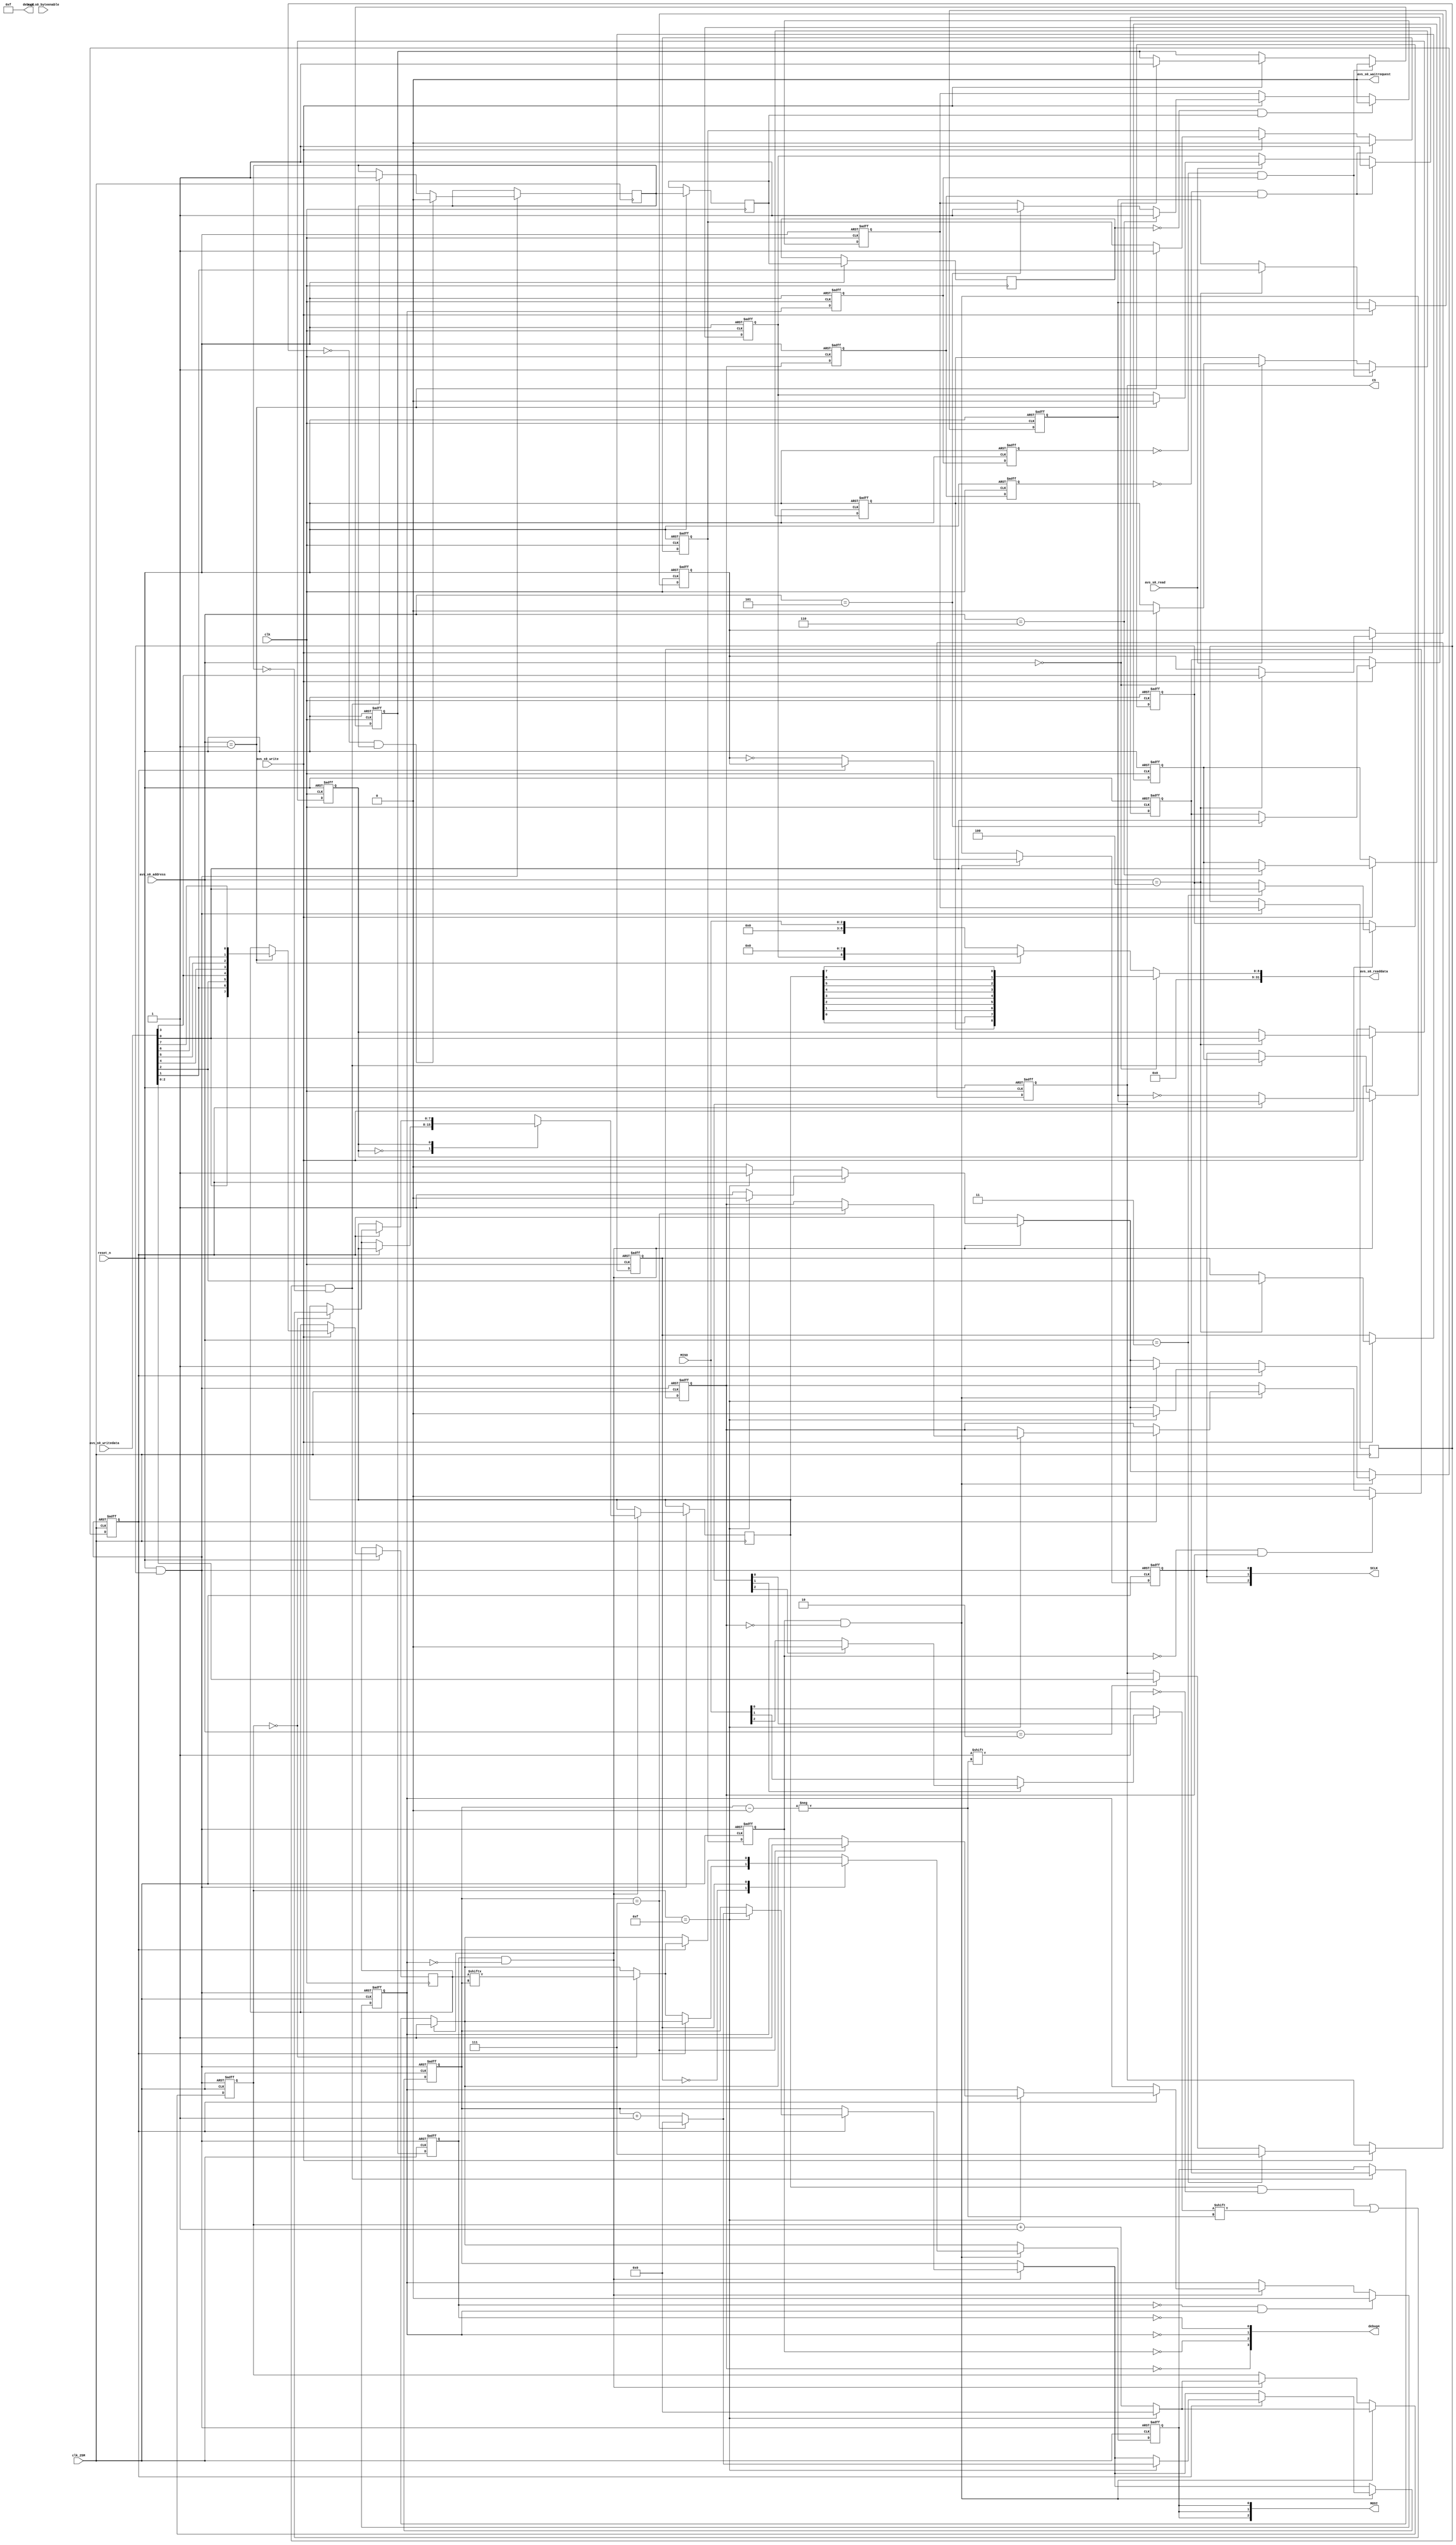
module softspi (
    input  clk,                // clock.clk
    input  clk_25M,
    input  reset_n,               // reset.reset
    
    input   [13:0] avs_s0_address,     //    s0.address
    input          avs_s0_read,        //      .read
    input          avs_s0_write,       //      .write
    output  [31:0] avs_s0_readdata,    //      .readdata
    input   [31:0] avs_s0_writedata,   //      .writedata
    output         avs_s0_waitrequest, //      .waitrequest
    input   [3:0]  avs_s0_byteenable,    //      .readdata

    output [7:0]   debug8,
    output [3:0]   debug4,

    input      [2:0]  MISO,
    output     [2:0]  MOSI,
    output     [2:0]  SCLK,
    output reg [2:0]  CS
    
);

  //reg [7:0] clk_count;
  //reg [7:0] clk_delay;
  
  reg [3:0] clk_count;
  parameter clk_delay = 15;
  
  
  assign debug8 = clk_delay;
  assign debug4[0]=~read_req_buff;  // 0  00101100
  assign debug4[1]=~read_ack;       // 0
  assign debug4[2]=~write_req_buff; // 1
  assign debug4[3]=~write_ack;      // 1
  
  reg _MOSI_;
  assign MOSI[0] = _MOSI_;//(~CS[0]) ?  : 1'b1;
  assign MOSI[1] = _MOSI_;//(~CS[1]) ?  : 1'b1;
  assign MOSI[2] = _MOSI_;//(~CS[2]) ?  : 1'b1;
  reg _SCLK_;
  assign SCLK[0] = _SCLK_;//(~CS[0]) ?  : 1'b0;
  assign SCLK[1] = _SCLK_;//(~CS[1]) ?  : 1'b0;
  assign SCLK[2] = _SCLK_;//(~CS[2]) ?  : 1'b0;

  
  wire rst_sd_n = reset_n & reset_by_cpu_n;
  
  wire _MISO_ = (~CS[0]) ? MISO[0] :
                (~CS[1]) ? MISO[1] :
                (~CS[2]) ? MISO[2] : 0;

  reg [7:0] read_data;
  reg read_req_buff;
  reg read_ack;
  reg write_req_buff;
  reg write_ack;
  reg manual_req_buff;
  reg manual_ack;
  reg [3:0] count;
  reg       state;
  always @ (posedge clk_25M or negedge rst_sd_n) begin
    if (!rst_sd_n) begin
      _MOSI_ <= 1;
      _SCLK_ <= 0;
      read_req_buff <= 0;
      read_ack <= 0;
      write_req_buff <= 0;
      write_ack <= 0;
      count <= 0;
      state <= 0;
      clk_count <= 0;
    end else begin
      read_req_buff <= read_req;
      write_req_buff <= write_req;
      manual_req_buff <= manual_req;

      if(manual_req_buff && !manual_ack)begin
        _MOSI_ <= _MOSI_data;
        _SCLK_ <= _SCLK_data;
        manual_ack <= 1;
      end
      if(!manual_req_buff && manual_ack)begin
        manual_ack <= 0;
      end

      
      
      if(read_req_buff && !read_ack)begin
        _MOSI_ <= 1;
        case(rpha)
        0:begin
          if(         state==0)begin
            _SCLK_ <= ~rpol;
            clk_count <= clk_count+1'b1;
            if(clk_count==clk_delay)begin
              clk_count<=0;
              state <= 1;
            end
            if(clk_count==0)begin
              read_data[count] <= _MISO_;
            end
          end else if(state==1)begin
            _SCLK_ <= rpol;
            clk_count <= clk_count+1'b1;
            if(clk_count==clk_delay)begin
              clk_count<=0;
              state <= 0;
              count <= count + 1'b1;
              if(count == 7)begin
                count <= 0;
                read_ack <= 1;
              end
            end
          end
        end
        1:begin
          if(         state==0)begin
            _SCLK_ <= ~rpol;
            clk_count <= clk_count+1'b1;
            if(clk_count==clk_delay)begin
              clk_count<=0;
              state <= 1;
            end
          end else if(state==1)begin
            _SCLK_ <= rpol;
            clk_count <= clk_count+1'b1;
            if(clk_count==clk_delay)begin
              clk_count<=0;
              state <= 0;
              count <= count + 1'b1;
              if(count == 7)begin
                count <= 0;
                read_ack <= 1;
              end
            end
            if(clk_count==0)begin
              read_data[count] <= _MISO_;
            end
          end
        end
        endcase
      end
      if(!read_req_buff && read_ack)begin
        read_ack <= 0;
      end

      if(write_req_buff && !write_ack)begin
        case(wpha)
        0:begin
          if(         state==0)begin
            _SCLK_ <= ~wpol;
            clk_count <= clk_count+1'b1;
            if(clk_count==clk_delay)begin
              clk_count<=0;
              state <= 1;
            end
            if(clk_count==0)begin
              _MOSI_ <= write_data[count];
            end
          end else if(state==1)begin
            _SCLK_ <= wpol;
            clk_count <= clk_count+1'b1;
            if(clk_count==clk_delay)begin
              clk_count<=0;
              state <= 0;
              count <= count + 1'b1;
              if(count == 7)begin
                count <= 0;
                write_ack <= 1;
              end
            end
          end
        end
        1:begin
          if(         state==0)begin
            _SCLK_ <= ~wpol;
            clk_count <= clk_count+1'b1;
            if(clk_count==clk_delay)begin
              clk_count<=0;
              state <= 1;
            end
          end else if(state==1)begin
            _SCLK_ <= wpol;
            clk_count <= clk_count+1'b1;
            if(clk_count==clk_delay)begin
              clk_count<=0;
              state <= 0;
              count <= count + 1'b1;
              if(count == 7)begin
                count <= 0;
                write_ack <= 1;
              end
            end
            if(clk_count==0)begin
              _MOSI_ <= write_data[count];
            end
          end
        end
        endcase
      end
      if(!write_req_buff && write_ack)begin
        write_ack <= 0;
      end

    end
  end

  assign avs_s0_waitrequest = 1'b0;
  
  assign avs_s0_readdata = avs_s0_address == 0 ? {read_data_valid,read_data[0],read_data[1],read_data[2],read_data[3],read_data[4],read_data[5],read_data[6],read_data[7]} : 
                           avs_s0_address == 1 ? {write_data_done,8'b0} : {6'b0,MISO};

  
  reg rpol;
  reg rpha;
  reg wpol;
  reg wpha;

  reg       read_req;
  reg       write_req;
  reg       manual_req;
  reg       _MOSI_data;
  reg       _SCLK_data;

  reg       read_data_valid;
  reg [7:0] write_data;
  reg       write_data_done;
  reg read_ack_buff;
  reg write_ack_buff;
  reg manual_ack_buff;
  reg read_ack_buff2;
  reg write_ack_buff2;
  reg manual_ack_buff2;
  reg reset_by_cpu_n;
  always @ (posedge clk or negedge reset_n) begin
    if (!reset_n) begin
      CS <= 3'b111;
      read_req <= 0;
      write_req <= 0;
      manual_req <= 0;
      read_ack_buff <= 0;
      write_ack_buff <= 0;
      read_ack_buff2 <= 0;
      write_ack_buff2 <= 0;
      write_data_done <= 0;
      read_data_valid <= 0;
      rpol <= 0;
      rpha <= 0;
      wpol <= 0;
      wpha <= 0;
      reset_by_cpu_n <= 1;
      _MOSI_data <= 0;
      _SCLK_data <= 0;
    end else begin
      read_ack_buff <= read_ack;
      write_ack_buff <= write_ack;
      manual_ack_buff <= manual_ack;
      
      read_ack_buff2 <= read_ack_buff;
      write_ack_buff2 <= write_ack_buff;
      manual_ack_buff2 <= manual_ack_buff;
      
      if(avs_s0_read) begin
        if(avs_s0_address==0) begin
          read_data_valid <= 0;
        end
        if(avs_s0_address==1) begin
          write_data_done <= 0;
        end
      end

      if(avs_s0_write) begin
        if(avs_s0_address==0) begin
          read_req<=1;
        end
        if(avs_s0_address==1) begin
          write_data<={avs_s0_writedata[0],avs_s0_writedata[1],avs_s0_writedata[2],avs_s0_writedata[3],avs_s0_writedata[4],avs_s0_writedata[5],avs_s0_writedata[6],avs_s0_writedata[7]};
          write_req<=1;
        end
        if(avs_s0_address==2) begin
          CS<=avs_s0_writedata[2:0];
        end
        
        if(avs_s0_address==3) begin
          CS <= 3'b111;
          reset_by_cpu_n<=avs_s0_writedata[0];
        end
        
        if(avs_s0_address==4) begin
          {wpol,wpha,rpol,rpha}<=avs_s0_writedata[3:0];
        end
        
        if(avs_s0_address==5) begin
          _MOSI_data <= avs_s0_writedata[0];
          manual_req <= 1;
        end
        
        if(avs_s0_address==6) begin
          _SCLK_data <= avs_s0_writedata[0];
          manual_req <= 1;
        end

        
        
      end

      if(!read_ack_buff2 && read_ack_buff)begin
        read_req<=0;
        read_data_valid <= 1;
      end
      
      if(!write_ack_buff2 && write_ack_buff)begin
        write_req<=0;
        write_data_done <= 1;
      end

      if(!manual_ack_buff2 && manual_ack_buff)begin
        manual_req <= 0;
      end
      

    end
  end

endmodule